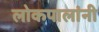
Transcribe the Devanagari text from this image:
लोकपालांनी